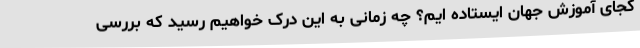
کجای آموزش جهان ایستاده ایم؟ چه زمانی به این درک خواهیم رسید که بررسی